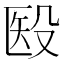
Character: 殹